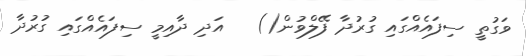
ވަގުތީ ސިފައެއްގައި ގުރުދާ ފޭލްވުން()   އަދި ދާއިމީ ސިފައެއްގައި ގުރުދާ